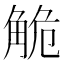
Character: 觤